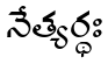
నేత్యర్థః